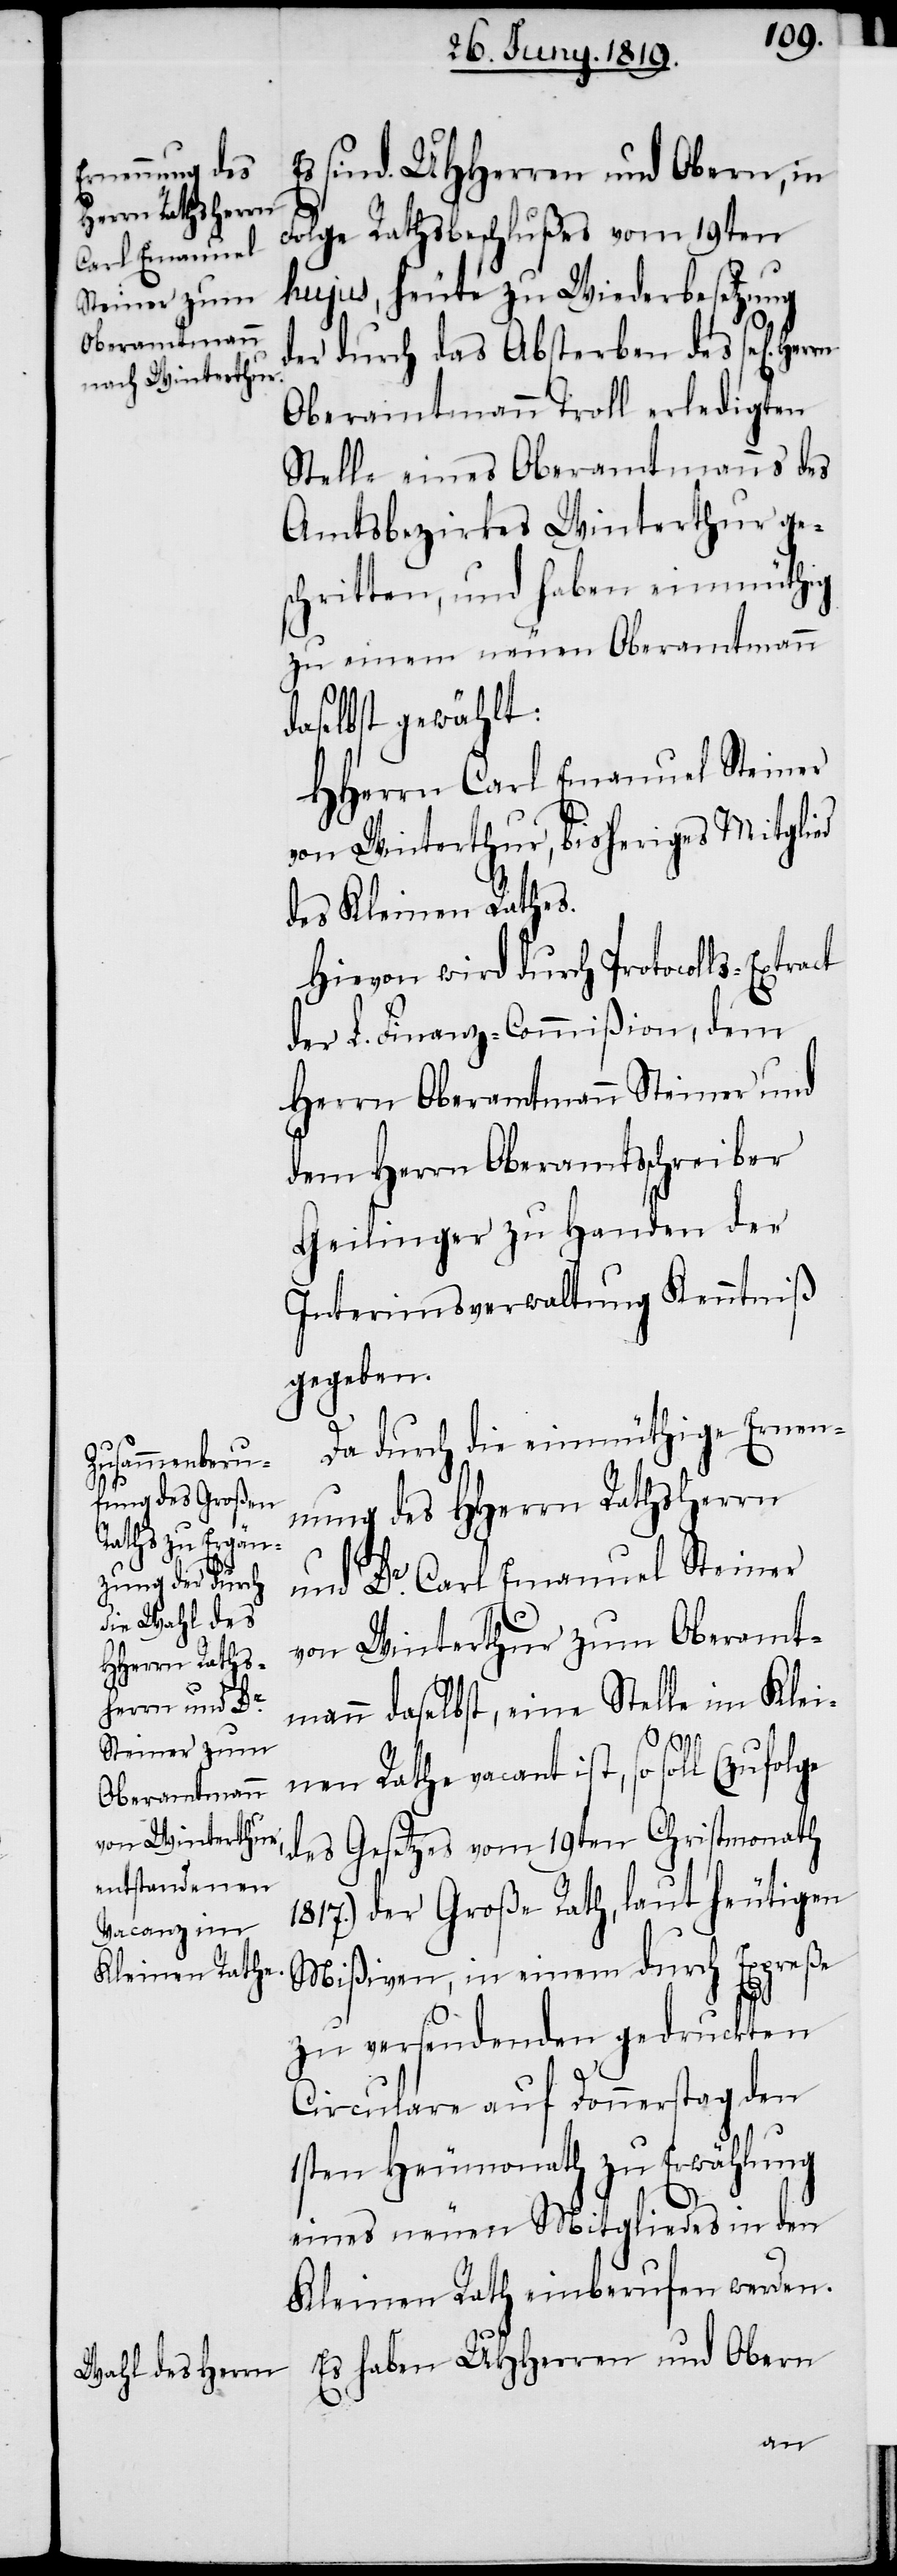
haben UHHerren und Obern
Folge Rathsbeschlußes vom 19ten
hujus, heute zu Wiederbesetzung
der durch das Absterben des sel[igen]
Oberamtmann Troll erledigten
Stelle eines Oberamtmanns des
Amtsbezirkes Winterthur ge¬
schritten, und haben einmüthig
zu einem neuen Oberamtmann
daselbst gewählt:
HHerrn Carl Emanuel Steiner
von Winterthur, bisheriges Mitglied
des Kleinen Rathes.
Hievon wird durch Protocolls-Extract
der L. Finanz-Commißion, dem
Herrn Oberamtmann Steiner und
dem Herrn Oberamtschreiber
Geilinger zu Handen der
Interimsverwaltung Kenntniß
gegeben.
Da durch die einmüthige Ernen¬
nung des HHerrn Rathsherrn
und Dr. Carl Emanuel Steiner
von Winterthur zum Oberamt¬
mann daselbst, eine Stelle im Klei¬
nen Rathe vacant ist, so soll (zufolge
des Gesetzes vom 19ten Christmonath
1817.) der Große Rath, laut heutigen
Mißiven, in einem durch Expreße
zu versendenden gedruckten
Circulare auf Donnerstag den
1sten Heumonath zu Erwählung
eines neuen Mitgliedes in den
Kleinen Rath einberufen werden.